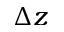
\Delta z